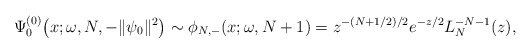
\begin{gather*} \Psi _{0}^{(0) }\big(x;\omega ,N,-\Vert \psi _{0}\Vert ^{2}\big)\sim \phi _{N,-}(x;\omega ,N+1)=z^{-(N+1/2) /2}e^{-z/2} L_{N}^{-N-1}(z) , \end{gather*}